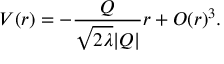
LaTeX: V ( r ) = - \frac { Q } { \sqrt { 2 \lambda } | Q | } r + { \cal { O } } ( r ) ^ { 3 } .